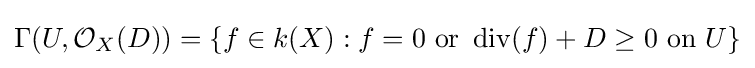
\Gamma (U,{\mathcal {O}}_{X}(D))=\{f\in k(X):f=0{\text{ or }}\operatorname {div} (f)+D\geq 0{\text{ on }}U\}